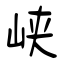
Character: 峡